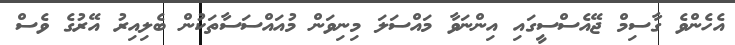
އެހެންވެ ގާސިމް ޖޭއެސްސީގައި އިންނަވާ މައްސަލަ މިނިވަން މުއައްސަސާތަކުން ބެލިއިރު އޭރުގެ ވެސް